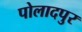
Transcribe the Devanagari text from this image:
पोलादपुर